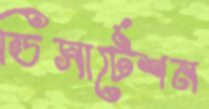
ডিসার্টেশন